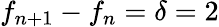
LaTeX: f_{n+1}-f_{n}=\delta=2